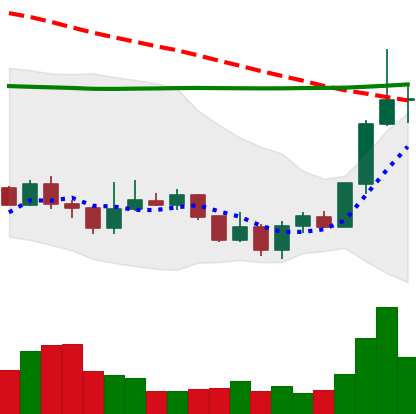
Ticker: LINK-USD
Chart end date: 2020-01-09
Forward return: 9.326%
Label: up_7plus